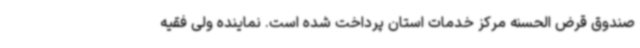
صندوق قرض الحسنه مرکز خدمات استان پرداخت شده است. نماینده ولی فقیه